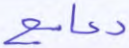
دعاميع